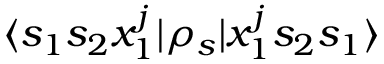
\langle s _ { 1 } s _ { 2 } x _ { 1 } ^ { j } | \rho _ { s } | x _ { 1 } ^ { j } s _ { 2 } s _ { 1 } \rangle